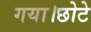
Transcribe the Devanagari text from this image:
गया।छोटे